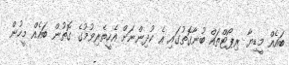
ބައެއް މީޑިޔާ ރިޕޯޓްތައް ބުނާގޮތުގައި އެ ކުދިންނަށް އެހީތެރިވުމުގެ ގޮތުން ބައެއް މީހުން